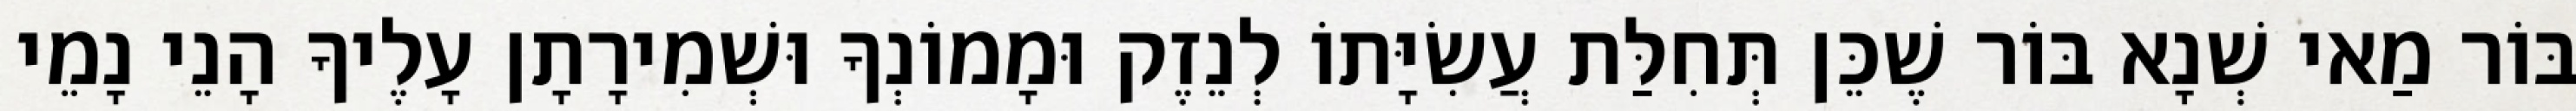
בּוֹר מַאי שְׁנָא בּוֹר שֶׁכֵּן תְּחִלַּת עֲשִׂיָּתוֹ לְנֵזֶק וּמָמוֹנְךָ וּשְׁמִירָתָן עָלֶיךָ הָנֵי נָמֵי